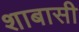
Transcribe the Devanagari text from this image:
शाबासी